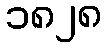
၁၈၂၈